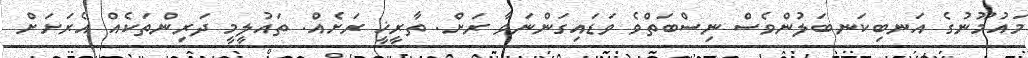
މައުމޫނުގެ އަނބިކަނބަލުންވެސް ނިސްބަތްވެ ވަޑައިގަންނަވާ ރަށް. ތާރީޚީ ރަށެއް. ތައުލީމީ ދަރިންތަކެއް އެރަށަށް